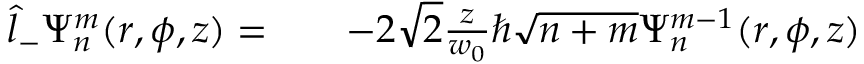
\begin{array} { r l r } { \hat { l } _ { - } \Psi _ { n } ^ { m } ( r , \phi , z ) = } & { { } } & { - 2 \sqrt { 2 } \frac { z } { w _ { 0 } } \hbar \sqrt { n + m } \Psi _ { n } ^ { m - 1 } ( r , \phi , z ) } \end{array}